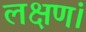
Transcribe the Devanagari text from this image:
लक्षणं।